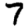
Digit: 7